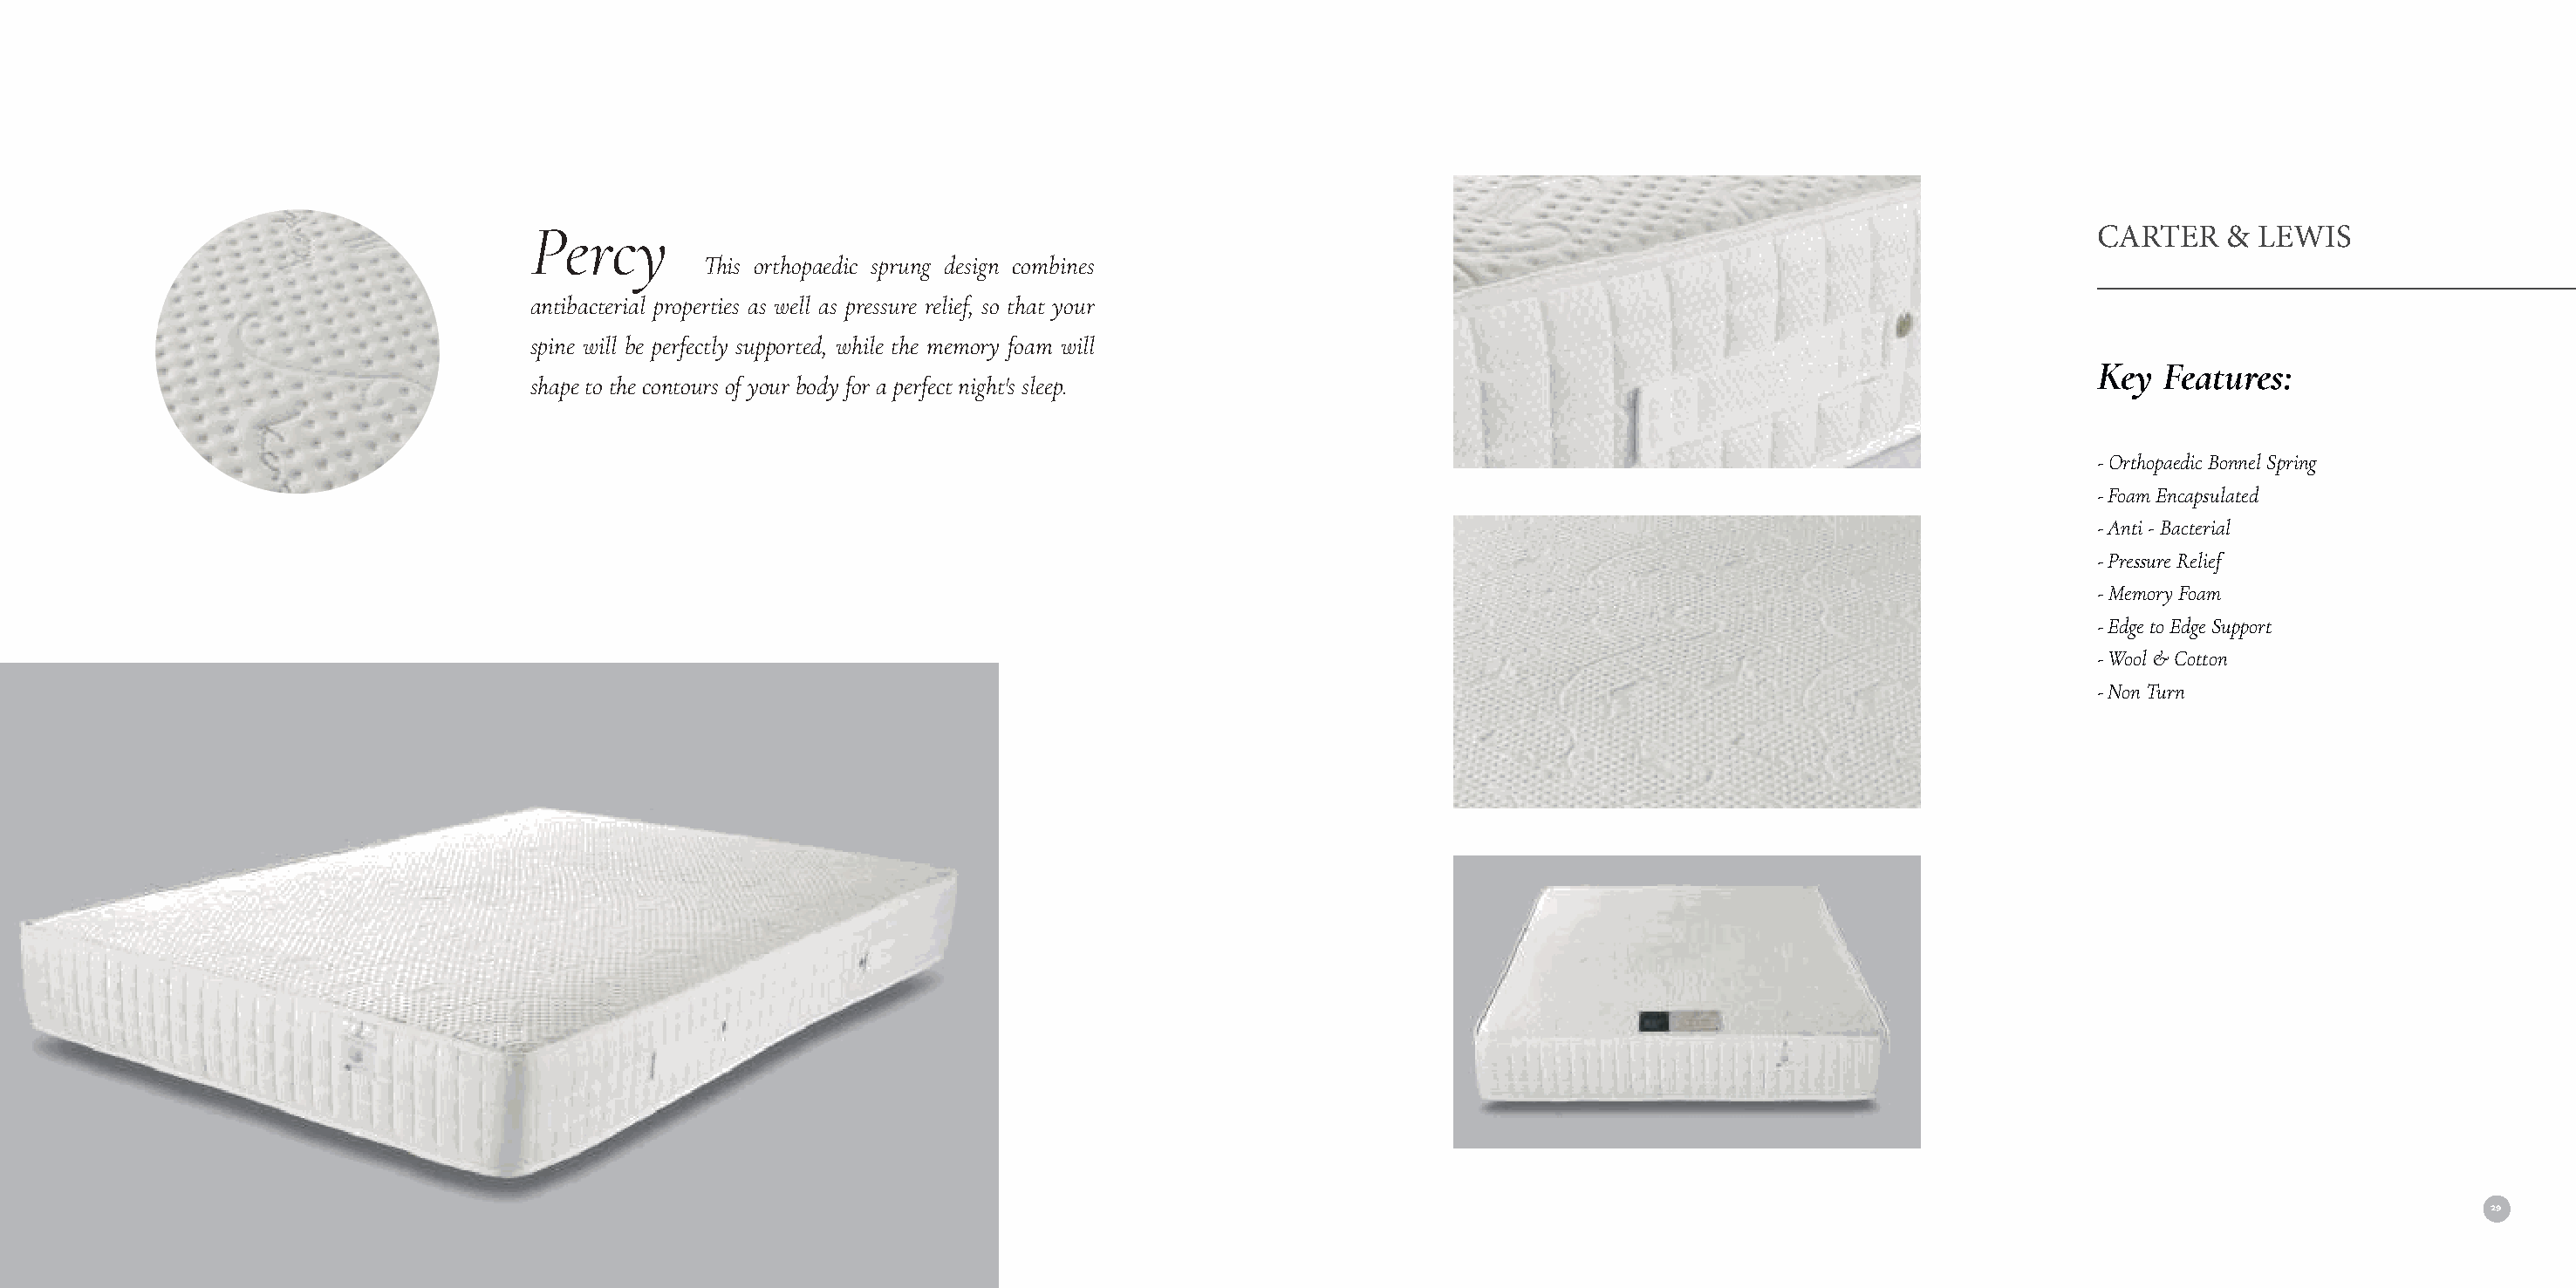
Percy                                                                                                                  CARTER    & LEWIS
 This orthopaedic sprung design combines
 antibacterial properties as well as pressure relief, so that your
 spine will be perfectly supported, while the memory foam will
 Key  Features:
 shape to the contours of your body for a perfect night's sleep.
 - Orthopaedic Bonnel Spring
 - Foam Encapsulated
 - Anti - Bacterial
 - Pressure Relief
 - Memory Foam
 - Edge to Edge Support
 - Wool & Cotton
 - Non Turn
 28                                                                                                                                                                                     29